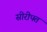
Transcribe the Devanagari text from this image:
सीरीपत